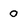
Character: O